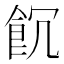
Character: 𩚗